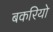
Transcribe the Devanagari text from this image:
बकरियो